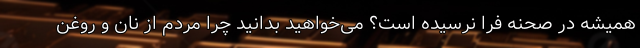
همیشه در صحنه فرا نرسیده است؟ می‌خواهید بدانید چرا مردم از نان و روغن